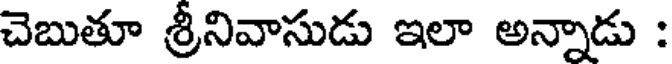
చెబుతూ శ్రీనివాసుడు ఇలా అన్నాడు :